Elephants and their diseases
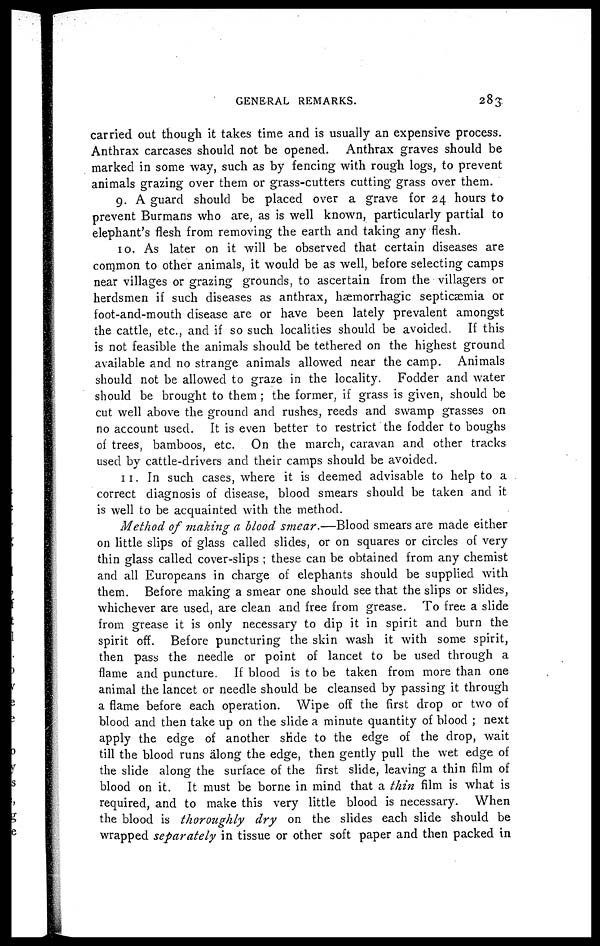
GENERAL REMARKS.
283
carried out though it takes time and is usually an expensive process.
Anthrax carcases should not be opened. Anthrax graves should be
marked in some way, such as by fencing with rough logs, to prevent
animals grazing over them or grass-cutters cutting grass over them.
9. A guard should be placed over a grave for 24 hours to
prevent Burmans who are, as is well known, particularly partial to
elephant's flesh from removing the earth and taking any flesh.
10. As later on it will be observed that certain diseases are
common to other animals, it would be as well, before selecting camps
near villages or grazing grounds, to ascertain from the villagers or
herdsmen if such diseases as anthrax, hæmorrhagic septicaemia or
foot-and-mouth disease are or have been lately prevalent amongst
the cattle, etc., and if so such localities should be avoided. If this
is not feasible the animals should be tethered on the highest ground
available and no strange animals allowed near the camp. Animals
should not be allowed to graze in the locality. Fodder and water
should be brought to them ; the former, if grass is given, should be
cut well above the ground and rushes, reeds and swamp grasses on
no account used. It is even better to restrict the fodder to boughs
of trees, bamboos, etc. On the march, caravan and other tracks
used by cattle-drivers and their camps should be avoided.
11. In such cases, where it is deemed advisable to help to a
correct diagnosis of disease, blood smears should be taken and it
is well to be acquainted with the method.
Method of making a blood smear.—Blood smears are made either
on little slips of glass called slides, or on squares or circles of very
thin glass called cover-slips ; these can be obtained from any chemist
and all Europeans in charge of elephants should be supplied with
them. Before making a smear one should see that the slips or slides,
whichever are used, are clean and free from grease. To free a slide
from grease it is only necessary to dip it in spirit and burn the
spirit off. Before puncturing the skin wash it with some spirit,
then pass the needle or point of lancet to be used through a
flame and puncture. If blood is to be taken from more than one
animal the lancet or needle should be cleansed by passing it through
a flame before each operation. Wipe off the first drop or two of
blood and then take up on the slide a minute quantity of blood ; next
apply the edge of another slide to the edge of the drop, wait
till the blood runs along the edge, then gently pull the wet edge of
the slide along the surface of the first slide, leaving a thin film of
blood on it. It must be borne in mind that a thin film is what is
required, and to make this very little blood is necessary. When
the blood is thoroughly dry on the slides each slide should be
wrapped separately in tissue or other soft paper and then packed in